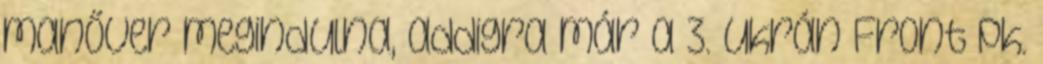
manőver megindulna, addigra már a 3. Ukrán Front pk.